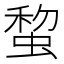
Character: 䖿